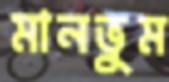
মানভুম